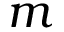
m